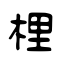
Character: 梩